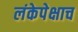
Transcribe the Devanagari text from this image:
लंकेपेक्षाच